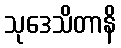
သုဒေသိတာနိ